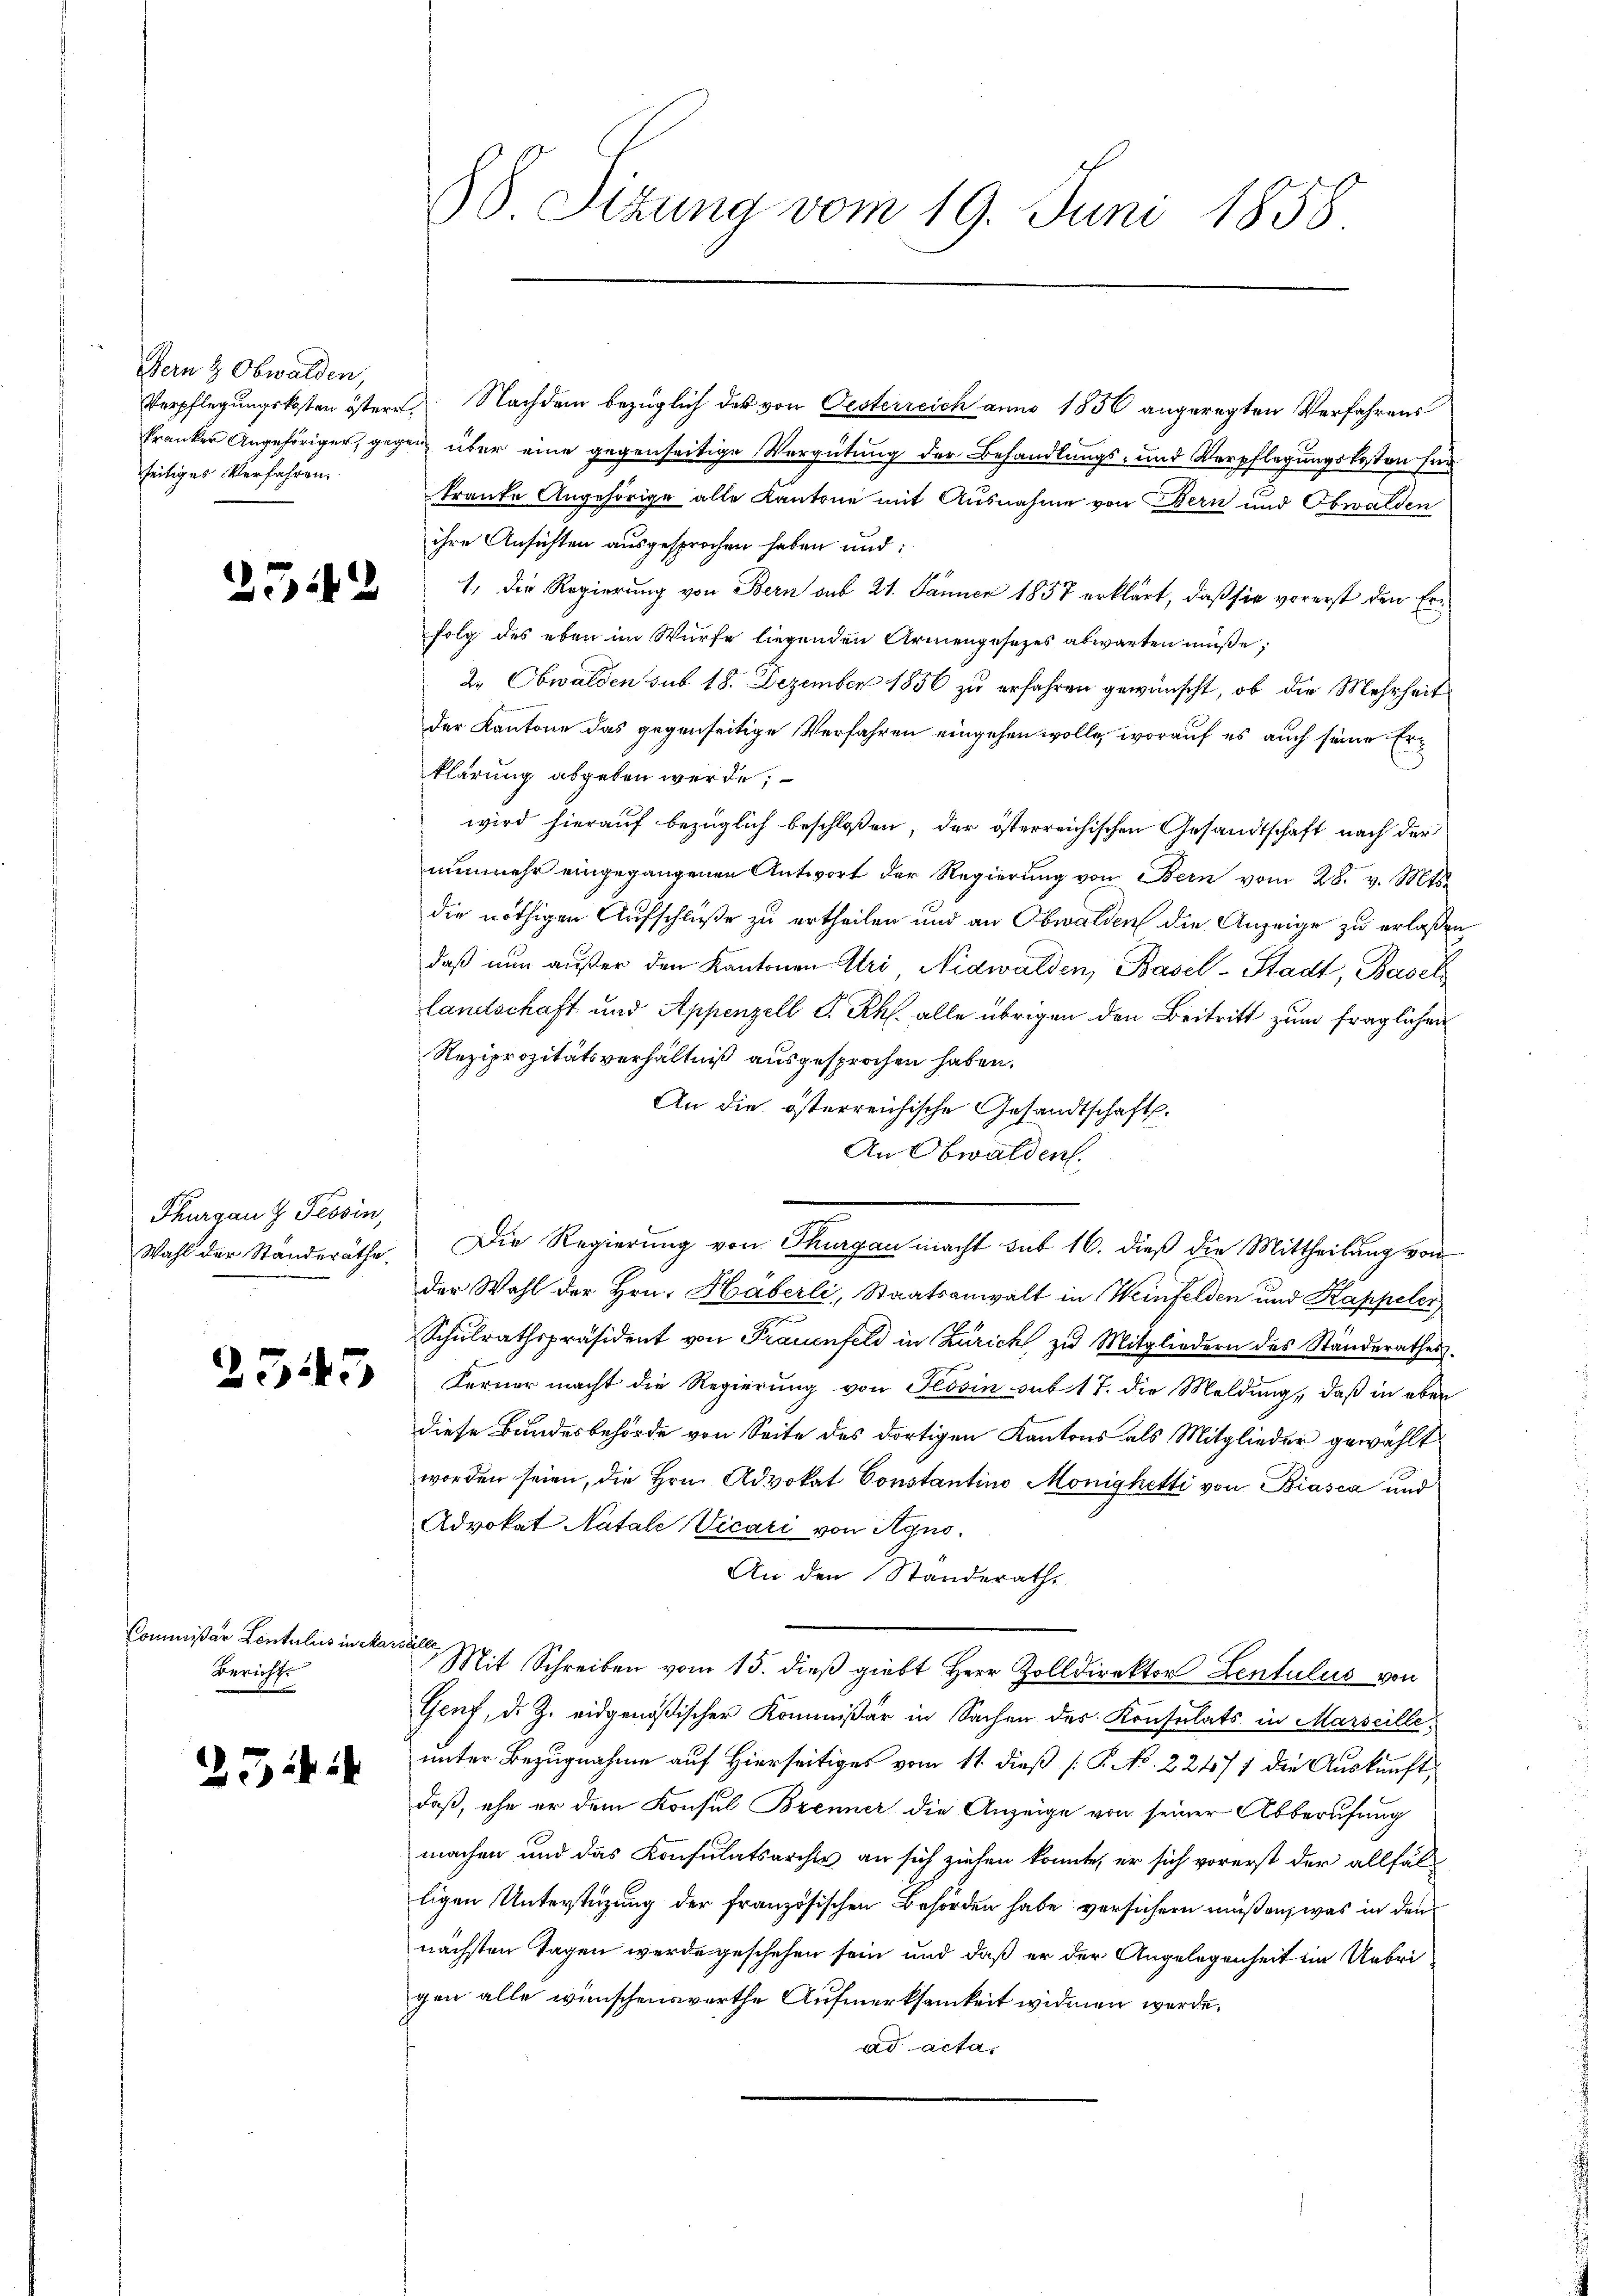
Bern & Obwalden,
seitiges Verfahren

542

Thurgau Z Tessin,
Wahl der Ständeräthe,

2543

Commißär Contulis in Ma
Bericht

254:

88 Sizung vom 19. Juni 1858.

Verpflegungskosten östere Nachdem bezüglich das von Oesterreich anno 1856 angeregten Verfahrens
kranker Angehöriger, gegen über eine gegenseitige Vergütung der Behandlungs- und Verpflegungskosten für
Tranke Angehörige alle Kantone mit Ausnahme von Bern und Obwalden
ihre Ansichten ausgesprochen haben und:
1. Die Regierung von Bern aus 21. Jänner 1857 erklärt, daß sie vorerst den Erfolg des eben im Würfe liegenden Armengesetzes abwarten müße;
2. Obwalden sub 18. Dezember 1856 zu erfahren gewünscht, ob die Mehrheit
der Kantone das gegenseitige Verfahren eingehen wolle, worauf es auch seine Erklärung abgeben werde;
wird hierauf bezüglich beschloßen, der österreichischen Gesandtschaft nach der
nunmehr eingegangenen Antwort der Regierŭng von Bern vom 28. v. Mts.
die nöthigen Aufschluße zu ertheilen und an Obwalden die Anzeige zu erlaßen,
daß nun außer den Kantonen Uri, Nidwalden, Basel-Stadt, Basel
Landschaft und Appenzell P. Rh. alle übrigen den Beitritt zum fraglichen
Reziprozitätsverhältniß ausgesprochen haben.
An die österreichische Gesandtschaft.
An Obwalden.
Die Regierung von Thurgau macht sub 16. dieß die Mittheilung von
der Wahl der Hrn. Häberli, Staatsanwalt in Weinfelden und Kappeler
Schŭlrathspräsident von Frauenfeld in Zürich zu Mitgliedern des Ständerathes.
Ferner macht die Regierung von Tessin sub 17. die Meldung, daß in aber
diese Bundesbehörde von Seite des dortigen Kantons als Mitglieder gewählt
worden seien, die Hrn. Advokat Constantino Monighetti von Biasca und
Advokat Natale Vicari von Agno,
An den Standerath,
welle
Mit Schreiben vom 15. dieß giebt Herr Zolldirektor Lentulus von
Gent, d. Z. eidgenößischer Kommißär in Sachen des Konsulats in Marseille,
unter Bezugnahme auf Hierseitiges vom 11. dieß [P. No. 224571 die Auskunft,
daß, ehe er dem Konsul Brenner die Anzeige von seiner Abberufung
machen und das Konsulatsarchiv an sich ziehen konnte, er sich vorerst der allfälligen Unterstüzung der französischen Behörden habe versichern müßen, was in den
nächsten Tagen werde geschehen sein und daß er der Angelegenheit im Uebrigen alle wünschenswerthe Aufmerksamkeit widmen werde.
ad acta,